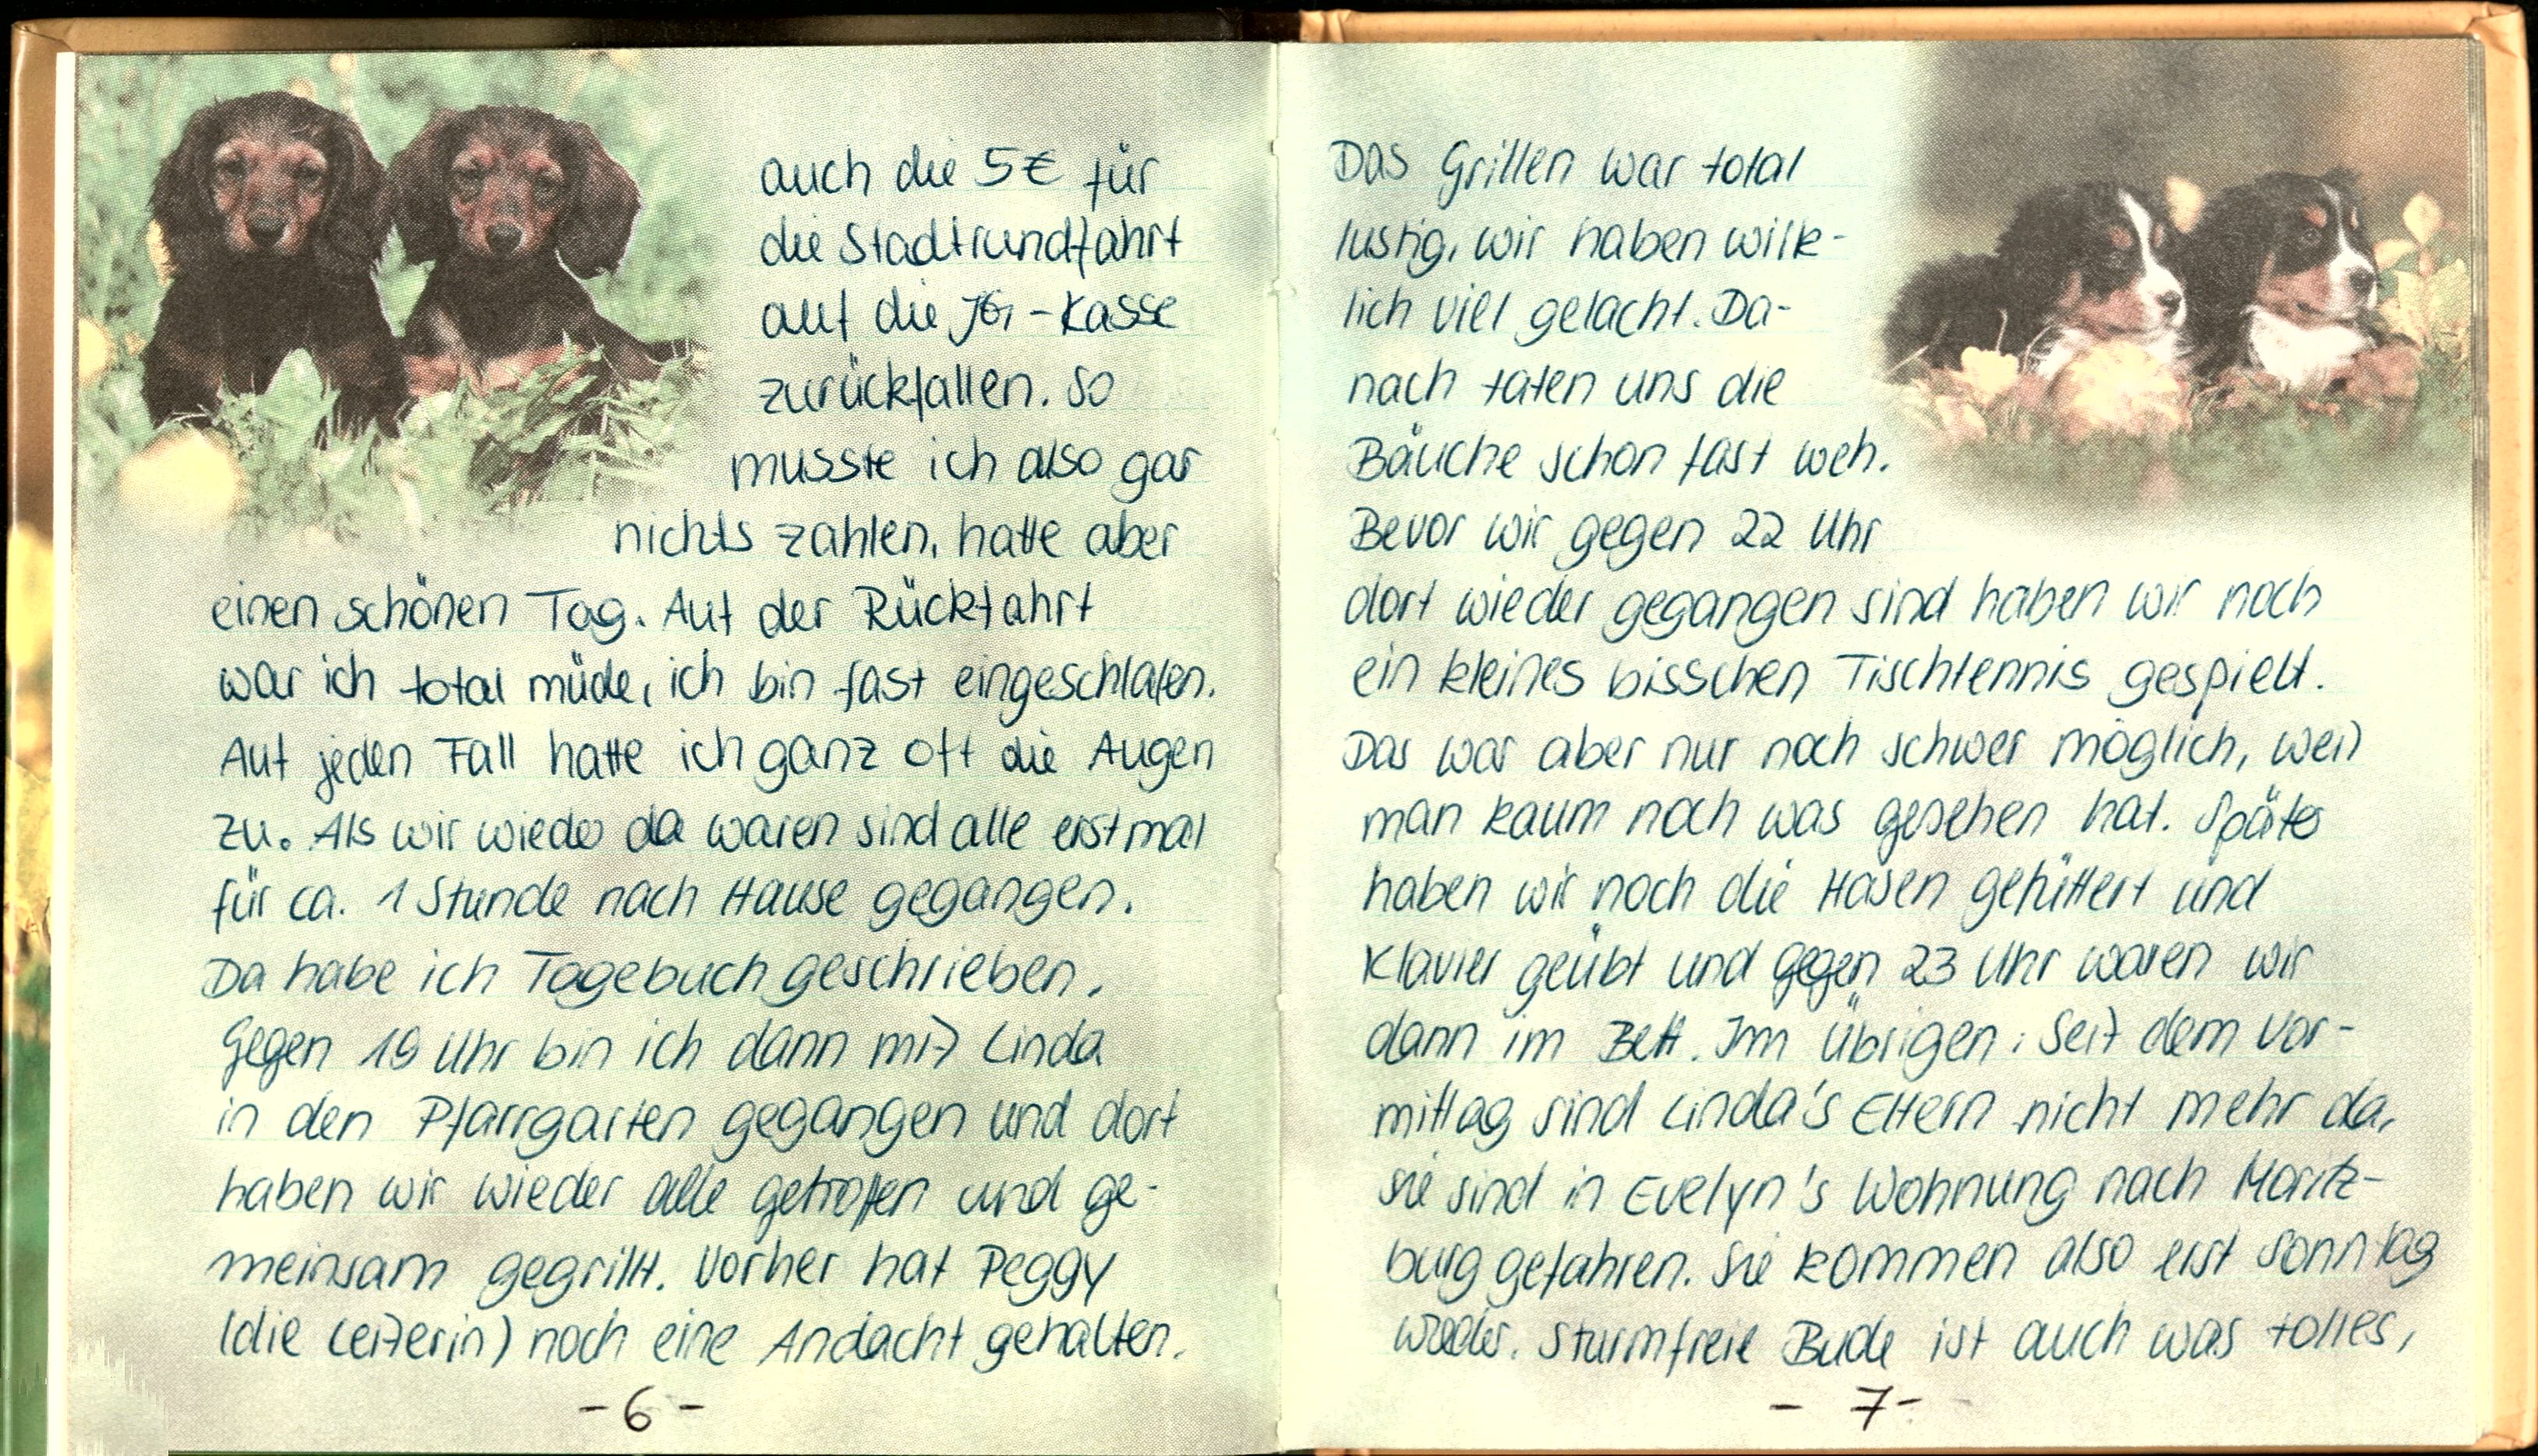
auch die 5€ für
die Stadtrundfahrt
auf die JG-Kasse
zurückfallen. So
musste ich also gar
nichts zahlen, hatte aber
einen schönen Tag. Auf der Rückfahrt
war ich total müde, ich bin fast eingeschlafen.
Auf jeden Fall hatte ich ganz oft die Augen
zu. Als wir wieder da waren sind alle erstmal
für ca. 1 Stunde nach Hause gegangen.
Da habe ich Tagebuch geschrieben.
Gegen 19 Uhr bin ich dann mit Linda
in den Pfarrgarten gegangen und dort
haben wir wieder alle getroffen und ge-
meinsam gegrillt. Vorher hat Peggy
(die Leiterin) noch eine Andacht gehalten.

Das Grillen war total
lustig, wir haben wirk-
lich viel gelacht. Da-
nach taten uns die
Bäuche schon fast weh.
Bevor wir gegen 22 Uhr
dort wieder gegangen sind haben wir noch
ein kleines bisschen Tischtennis gespielt.
Das war aber nur noch schwer möglich, weil
man kaum noch was gesehen hat. Später
haben wir noch die Hasen gefüttert und
Klavier geübt und gegen 23 Uhr waren wir
dann im Bett. Im übrigen: Seit dem Vor-
mittag sind Linda's Eltern nicht mehr da,
sie sind in Evelyn's Wohnung nach Moritz-
burg gefahren. Sie kommen also erst Sonntag
wieder. Sturmfreie Bude ist auch was tolles,